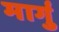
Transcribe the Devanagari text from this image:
मार्गु